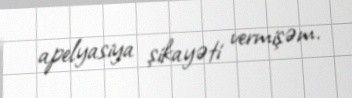
apelyasiya şikayəti vermişəm.